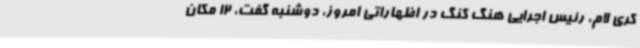
کری لام، رئیس اجرایی هنگ کنگ در اظهاراتی امروز،‌ دوشنبه گفت، 12 مکان